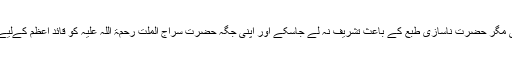
حضرت امیر ملت قدس سرہ کی خدمت میں جلسہ کی صدارت کے لیے درخواست کی گئی مگر حضرت ناسازیٔ طبع کے باعث تشریف نہ لے جاسکے اور اپنی جگہ حضرت سراج الملت رحمۃ اللہ علیہ کو قائدِ اعظم کےلیے سونے کا ایک تمغہ، تین سوروپے کی ایک تھیلی اور کئی دوسرے تحائف دے کر بھیجا۔